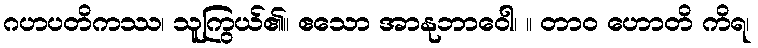
ဂဟပတိကဿ၊ သူကြွယ်၏။ ဧသော အာနုဘာဝေါ၊ ။ တာဝ ဟောတိ ကိရ၊